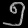
Digit: ၅